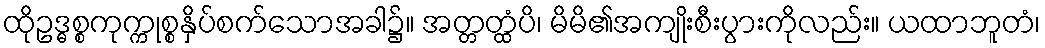
ထိုဥဒ္ဓစ္စကုက္ကုစ္စနှိပ်စက်သောအခါ၌။ အတ္တတ္ထံပိ၊ မိမိ၏အကျိုးစီးပွားကိုလည်း။ ယထာဘူတံ၊